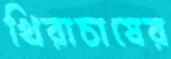
খিরাচাষের